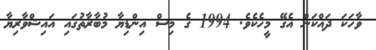
ވާހަކަ ދައްކަން އެގޭ މީހެކެވެ. 1994 ގެ މިސް އިންޑިޔާ މުބާރާތުގައި އައިޝްވާރިޔާ